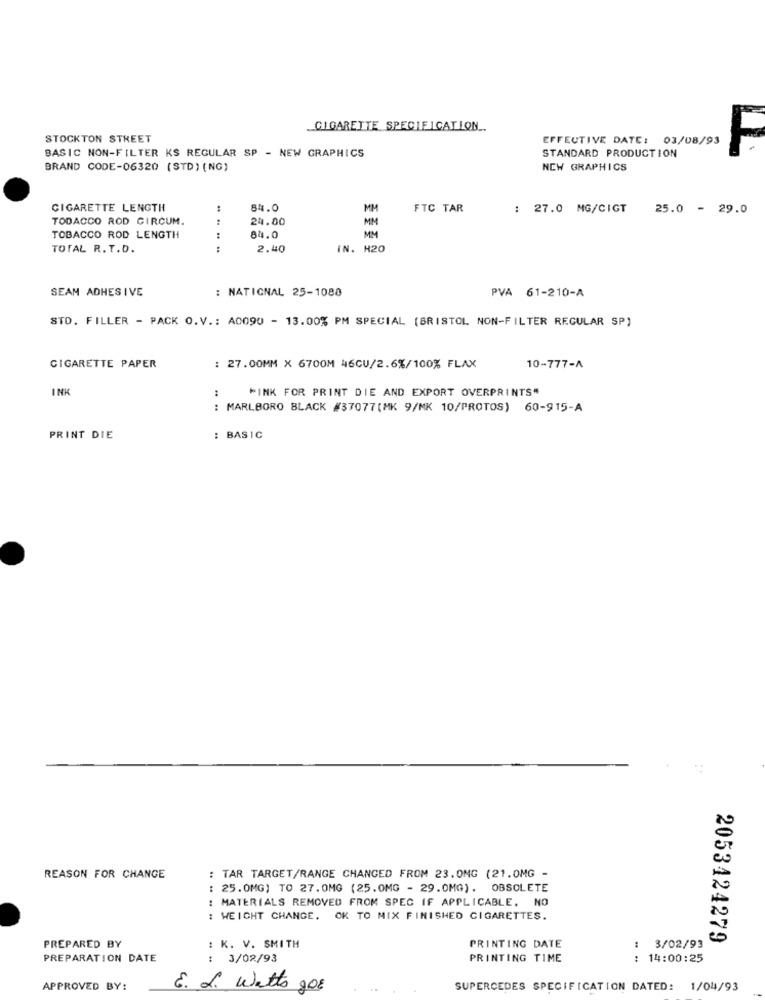
CIGARETTE SPECIFICATION ..
STOCKTON STREET
EFFECTIVE DATE: 03/08/93
BASIC NON-FILTER KS REGULAR SP - NEW GRAPHICS
STANDARD PRODUCTION
F
BRAND CODE-06320 (STD) (NG)
NEW GRAPHICS
CIGARETTE LENGTH
:
84.0
MH
FTC TAR
27.0 MG/CIGT
25.0 - 2
TOBACCO ROD CIRCUM.
:
24.00
MM
TOBACCO ROD LENGTH
:
84.0
MM
TOTAL R. T.D.
:
2.40
IN. H20
SEAM ADHES IVE
: NATIONAL 25-1088
PVA 61-210-A
STD. FILLER - PACK O.V .: A0090 - 13.00% PM SPECIAL (BRISTOL NON-FILTER REGULAR SP)
CIGARETTE PAPER
: 27.00MM X 6700M 46CU/2.6%/100% FLAX
10-777-A
INK
:
PINK FOR PRINT DIE AND EXPORT OVERPRINTS"
: MARLBORO BLACK #37077(MK 9/MK 10/PROTOS) 60-915-A
PRINT DIE
: BASIC
REASON FOR CHANGE
: TAR TARGET/RANGE CHANGED FROM 23.0MG (21.0MG -
: 25. 0MG) TO 27. 0MG (25.0MG - 29.0MG). OBSOLETE
: MATERIALS REMOVED FROM SPEC IF APPLICABLE. NO
: WEICHT CHANGE. OK TO MIX FINISHED CIGARETTES.
2053424279
PREPARED BY
: K. V. SMITH
PRINTING DATE
: 3/02/93
PREPARATION DATE
: 3/02/93
PRINTING TIME
: 14:00:25
APPROVED BY:
E. L. watts got
SUPERCEDES SPECIFICATION DATED: 1/04/93